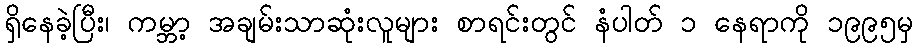
ရှိနေခဲ့ပြီး၊ ကမ္ဘာ့ အချမ်းသာဆုံးလူများ စာရင်းတွင် နံပါတ် ၁ နေရာကို ၁၉၉၅မှ